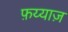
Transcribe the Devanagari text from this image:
फ़य्याज़